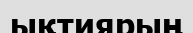
ықтиярың